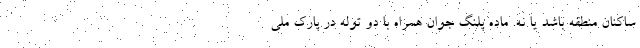
ساکنان منطقه باشد یا نه. ماده پلنگ جوان همراه با دو توله در پارک ملی